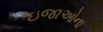
ઇજાઓના